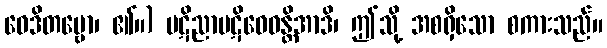
ဝေဒိတဗ္ဗော၊ ၏။) ပဋိညာပဋိဝေဓန္တိအာဒိ၊ ဤသို့ အစရှိသော စကားသည်။